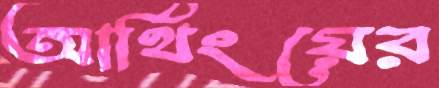
আর্থিংয়ের